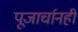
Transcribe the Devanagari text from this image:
पूजार्चानहीं